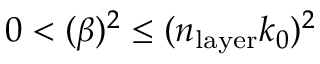
0 < ( \beta ) ^ { 2 } \leq ( n _ { \mathrm { l a y e r } } k _ { 0 } ) ^ { 2 }